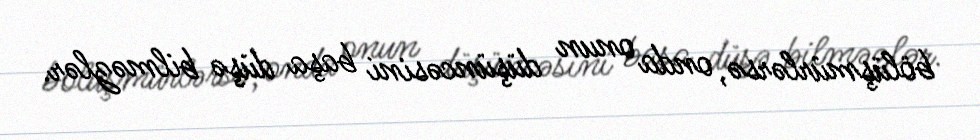
bölüşmürlərsə, onda onun düşüncəsini başa düşə bilməzlər.